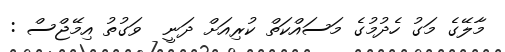
މާލޭގެ މަގު ހެދުމުގެ މަސައްކަތް ކުރިއަށް ދަނީ  ވަގުތު އިމޭޖްސް :